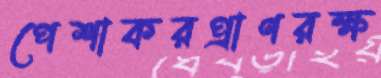
পেশাকরপ্রাণরক্ষ